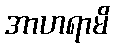
အာဟရာမိ